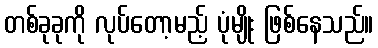
တစ်ခုခုကို လုပ်တော့မည့် ပုံမျိုး ဖြစ်နေသည်။